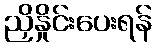
ညှိနှိုင်းပေးရန်